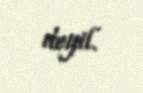
deyil.